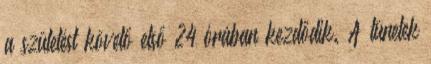
a születést követő első 24 órában kezdődik. A tünetek